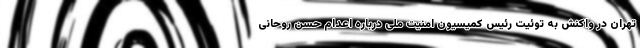
تهران در واکنش به توئیت رئیس کمیسیون امنیت ملی درباره اعدام حسن روحانی